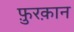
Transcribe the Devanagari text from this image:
फ़ुरक़ान